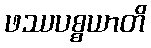
ဖဿပစ္စယာတိ